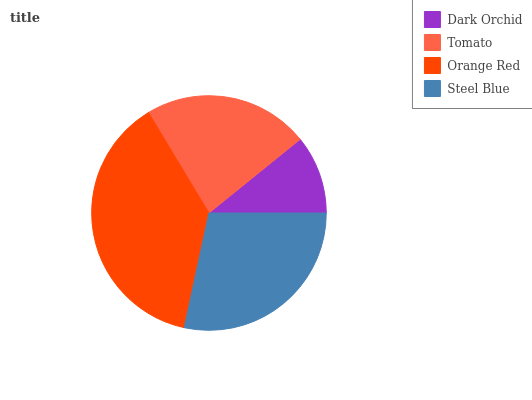
| Dark Orchid | Tomato | Orange Red | Steel Blue |
 | --- | --- | --- | --- |
 | 10.8% | 22.8% | 38.1% | 28.3% |